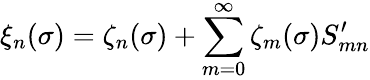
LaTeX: \xi_{n}(\sigma)=\zeta_{n}(\sigma)+\sum_{m=0}^{\infty}\zeta_{m}(\sigma)S_{mn}^{\prime}